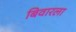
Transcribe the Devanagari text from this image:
बिवारला